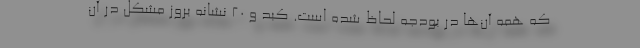
که همه آن‌ها در بودجه لحاظ شده است. کبد و 20 نشانه بروز مشکل در آن